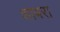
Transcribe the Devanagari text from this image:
शाबरा